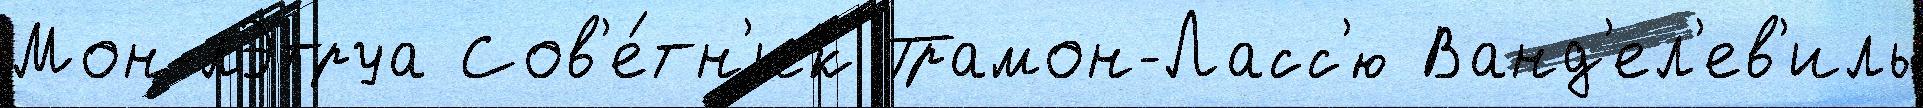
Мон-лЭтруа Сов'е́тн'ик Трамон-Ласс'ю Ванд'ел'ев'иль